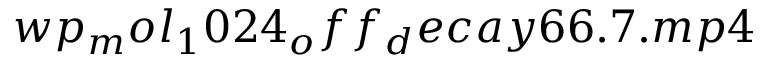
w p _ { m } o l _ { 1 } 0 2 4 _ { o } f f _ { d } e c a y 6 6 . 7 . m p 4